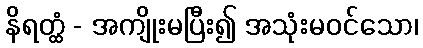
နိရတ္ထံ - အကျိုးမပြီး၍ အသုံးမဝင်သော၊